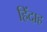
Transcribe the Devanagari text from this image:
हिंदाह